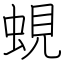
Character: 蜆